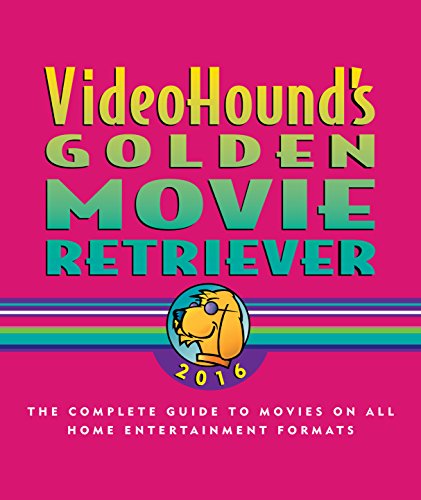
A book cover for Videohound's Golden Movie Retriever 2016; Humor & Entertainment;